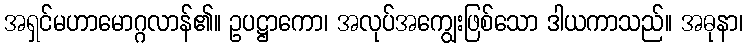
အရှင်မဟာမောဂ္ဂလာန်၏။ ဥပဋ္ဌာကော၊ အလုပ်အကျွေးဖြစ်သော ဒါယကာသည်။ အဓုနာ၊